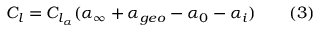
C _ { l } = C _ { l _ { \alpha } } ( \alpha _ { \infty } + \alpha _ { g e o } - \alpha _ { 0 } - \alpha _ { i } ) \qquad ( 3 )